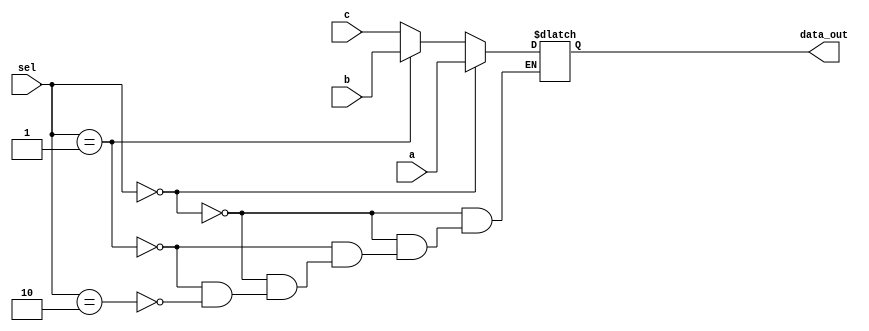
`timescale 1ns / 1ps
//////////////////////////////////////////////////////////////////////////////////
// Company: 
// Engineer: 
// 
// Design Name: 
// Module Name: MUX_3x1
// Project Name: 
// Target Devices: 
// Tool Versions: 
// Description: 
// 
// Dependencies: 
// 
// Revision:
// Revision 0.01 - File Created
// Additional Comments:
// 
//////////////////////////////////////////////////////////////////////////////////


module MUX_3x1(
    input [63:0] a, b, c,
    input [1:0] sel,
    output reg [63:0] data_out
);

always @ (a, b, c, sel) begin

    if (sel == 2'b00) begin
        data_out = a;
    end
    else if (sel == 2'b01) begin
        data_out = b;
    end
    else if(sel == 2'b10) begin
        data_out = c;
    end
end
endmodule